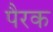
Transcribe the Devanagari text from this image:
पैरक